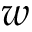
\b w